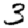
Digit: 3